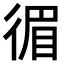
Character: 𢔰